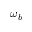
\omega _ { b }